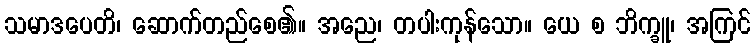
သမာဒပေတိ၊ ဆောက်တည်စေ၏။ အညေ၊ တပါးကုန်သော။ ယေ စ ဘိက္ခူ၊ အကြင်